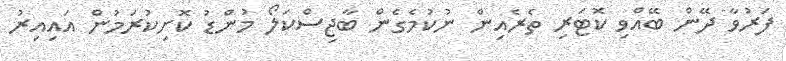
ފަރުވާ ދޭން ބޭއްވި ކޮޓަރި ތެރެއިން ނުކުމެގެން ބާޖިސްކަލޯ މުންޑު ކޮށިކުރަމުން އައިއިރު